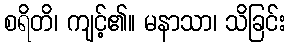
စရိတိ၊ ကျင့်၏။ မနာသာ၊ သိခြင်း